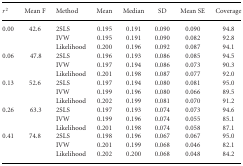
<table><thead><tr><td><b><i>r</i><sup>2</sup></b></td><td><b>Mean F</b></td><td><b>Method</b></td><td><b>Mean</b></td><td><b>Median</b></td><td><b>SD</b></td><td><b>Mean SE</b></td><td><b>Coverage</b></td></tr></thead><tbody><tr><td>0.00</td><td>42.6</td><td>2SLS</td><td>0.195</td><td>0.191</td><td>0.090</td><td>0.090</td><td>94.8</td></tr><tr><td></td><td></td><td>IVW</td><td>0.195</td><td>0.191</td><td>0.090</td><td>0.082</td><td>92.8</td></tr><tr><td></td><td></td><td>Likelihood</td><td>0.200</td><td>0.196</td><td>0.092</td><td>0.087</td><td>94.1</td></tr><tr><td>0.06</td><td>47.8</td><td>2SLS</td><td>0.196</td><td>0.193</td><td>0.086</td><td>0.085</td><td>94.5</td></tr><tr><td></td><td></td><td>IVW</td><td>0.197</td><td>0.194</td><td>0.086</td><td>0.073</td><td>90.3</td></tr><tr><td></td><td></td><td>Likelihood</td><td>0.201</td><td>0.198</td><td>0.087</td><td>0.077</td><td>92.0</td></tr><tr><td>0.13</td><td>52.6</td><td>2SLS</td><td>0.197</td><td>0.194</td><td>0.080</td><td>0.081</td><td>95.0</td></tr><tr><td></td><td></td><td>IVW</td><td>0.199</td><td>0.196</td><td>0.080</td><td>0.066</td><td>89.5</td></tr><tr><td></td><td></td><td>Likelihood</td><td>0.202</td><td>0.199</td><td>0.081</td><td>0.070</td><td>91.2</td></tr><tr><td>0.26</td><td>63.3</td><td>2SLS</td><td>0.197</td><td>0.193</td><td>0.074</td><td>0.073</td><td>94.6</td></tr><tr><td></td><td></td><td>IVW</td><td>0.199</td><td>0.196</td><td>0.074</td><td>0.055</td><td>85.1</td></tr><tr><td></td><td></td><td>Likelihood</td><td>0.201</td><td>0.198</td><td>0.074</td><td>0.058</td><td>87.1</td></tr><tr><td>0.41</td><td>74.8</td><td>2SLS</td><td>0.198</td><td>0.196</td><td>0.067</td><td>0.067</td><td>95.0</td></tr><tr><td></td><td></td><td>IVW</td><td>0.201</td><td>0.199</td><td>0.068</td><td>0.046</td><td>82.1</td></tr><tr><td></td><td></td><td>Likelihood</td><td>0.202</td><td>0.200</td><td>0.068</td><td>0.048</td><td>84.2</td></tr></tbody></table>